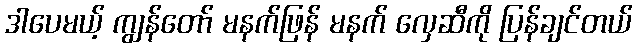
ဒါပေမယ့် ကျွန်တော် မနက်ဖြန် မနက် လှေဆီကို ပြန်ချင်တယ်